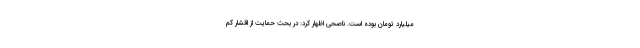
میلیارد تومان بوده است. ناصحی اظهار کرد: در بحث حمایت از اقشار کم